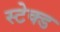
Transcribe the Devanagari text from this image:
स्टेक्ड